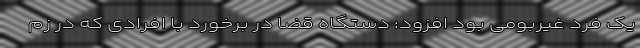
یک فرد غیربومی بود افزود: دستگاه قضا در برخورد با افرادی که در زم